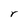
Character: r